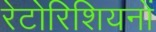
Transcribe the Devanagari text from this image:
रेटोरिशियनों